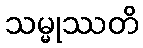
သမ္မုဿတိ